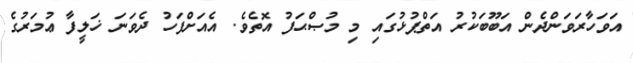
އަވަހާރަވަންދެން އަބޫބަކުރު އަތްޕުޅުގައި މި މުޞްޙަފު އޮތެވެ. އެއަށްފަހު ދެވަނަ ޚަލީފާ ޢުމަރުގެ